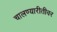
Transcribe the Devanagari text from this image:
चालण्यारीतीवर